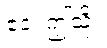
ဧဝံ၊ ဤသို့။